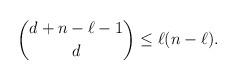
\begin{align*}\binom{d+n - \ell - 1}{d} \le \ell (n - \ell).\end{align*}